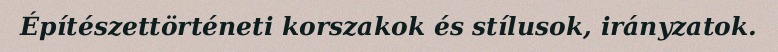
Építészettörténeti korszakok és stílusok, irányzatok.